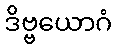
ဒိဗ္ဗယောဂံ